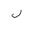
Letter: _lam